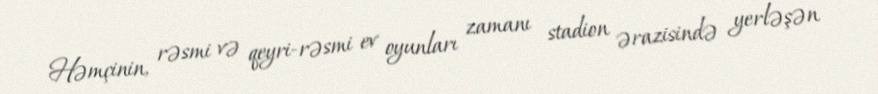
Həmçinin, rəsmi və qeyri-rəsmi ev oyunları zamanı stadion ərazisində yerləşən